Account of plague administration in the Bombay Presidency from September 1896 till May 1897
Year: 1896
Disease focus: Plague
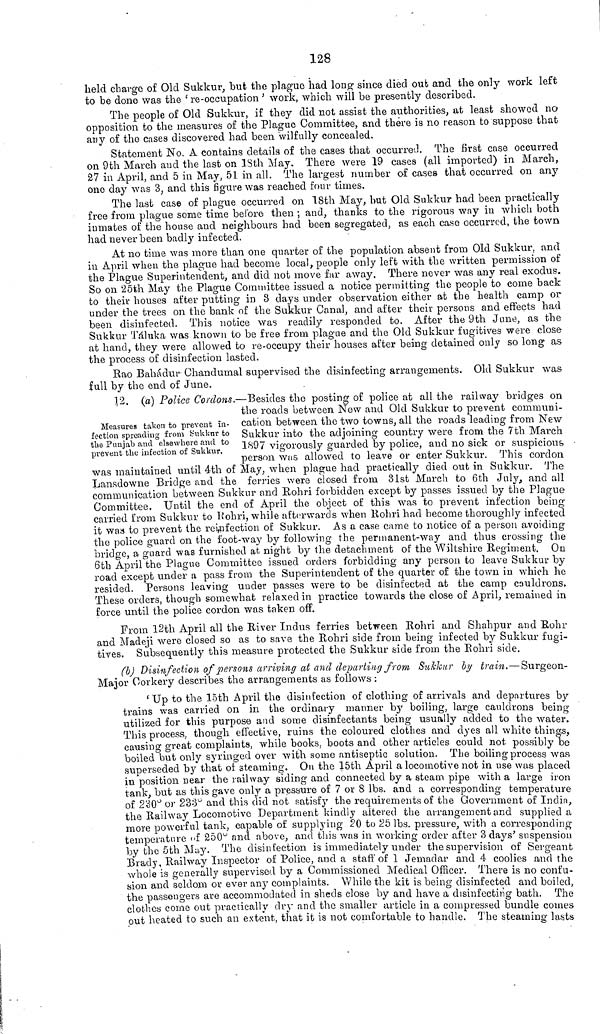
128
held charge of Old Sukkur, but the plague had long since died out and the only work left
to be done was the ' re-occupation' work, which will be presently described.
The people of Old Sukkur, if they did not assist the authorities, at least showed no
opposition to the measures of the Plague Committee, and there is no reason to suppose that
any of the cases discovered had been wilfully concealed.
Statement No. A contains details of the cases that occurred. The first case occurred
on 9th March and the last on 13th May. There were 19 cases (all imported) in March,
27 in April, and 5 in May, 51 in all. The largest number of cases that occurred on any
one day was 3, and this figure was reached four times.
The last case of plague occurred on 18th May, but Old Sukkur had been practically
free from plague some time before then ; and, thanks to the rigorous way in which both
inmates of the house and neighbours had been segregated, as each case occurred, the town
had never been badly infected.
At no time was more than one quarter of the population absent from Old Sukkur, and
in April when the plague had become local, people only left with the written permission of
the Plague Superintendent, and did not move far away. There never was any real exodus.
So on 25th May the Plague Committee issued a notice permitting the people to come back
to their houses after putting in 3 days under observation either at the health camp or
under the trees on the bank of the Sukkur Canal, and after their persons and effects had
been disinfected. This notice was readily responded to. After the 9th June, as the
Sukkur Táluka was known to be free from plague and the Old Sukkur fugitives were close
at hand, they were allowed to re-occupy their houses after being detained only so long as
the process of disinfection lasted.
Rao Bahadur Chandumal supervised the disinfecting arrangements. Old Sukkur was
full by the end of June.
Measures taken to prevent in-
fection spreading from Sukkur to
the Punjab and elsewhere and to
prevent the infection of Sukkur.
12, (a) Police Cordons.—Besides the posting of police at all the railway bridges on
the roads between New and Old Sukkur to prevent communi-
cation between the two towns, all the roads leading from New
Sukkur into the adjoining country were from the 7th March
1897 vigorously guarded by police, and no sick or suspicious &
person was allowed to leave or enter Sukkur. This cordon
was maintained until 4th of May, when plague had practically died out in Sukkur. The
Lansdowne Bridge and the ferries were closed from 31st March to 6th July, and all
communication between Sukkur and Rohri forbidden except by passes issued by the Plague-
Committee. Until the end of April the object of this was to prevent infection being
carried from Sukkur to Rohri, while afterwards when Rohri had become thoroughly infected
it was to prevent the reinfection of Sukkur. As a case came to notice of a person avoiding
the police guard on the foot-way by following the permanent-way and thus crossing the
bridge, a guard was furnished at, night by the detachment of the Wiltshire Regiment. On
6th April the Plague Committee issued orders forbidding any person to leave Sukkur by
road except under a pass from the Superintendent of the quarter of the town in which he
resided. Persons leaving under passes were to be disinfected at the camp cauldrons,
These orders, though somewhat relaxed in practice towards the close of April, remained in
force until the police cordon was taken off.
From 12th April all the River Indus ferries between Rohri and Shahpur and Rohr
and Madeji were closed so as to save the Rohri side from being infected by Sukkur fugi-
tives. Subsequently this measure protected the Sukkur side from the Rohri side.
(b) Disinfection of persons arriving at and departing from Sukkur by train.—Surgeon-
Major Corkery describes the arrangements as follows :
' Up to the 15th April the disinfection of clothing of arrivals and departures by
trains was carried on in the ordinary manner by boiling, large cauldrons being
utilized for this purpose and some disinfectants being usually added to the water!
This process, though effective, ruins the coloured clothes and dyes all white things,
causing great complaints, while books, boots and other articles could not possibly be
boiled but only syringed over with some antiseptic solution. The boiling process was
superseded by that of steaming. On the 15th April a locomotive not in use was placed
in position near the railway siding and connected by a steam pipe with a large iron
tank, but as this gave only a pressure of 7 or 8 lbs. and a corresponding temperature
of 230° or 233° and this did not satisfy the requirements of the Government of India,
the Railway Locomotive Department kindly altered the arrangement and supplied a
more powerful tank, capable of supplying 20 to 25 lbs. pressure, with a corresponding
temperature of 250° and above, and this was in working order after 3 days' suspension
by the 5th May. The disinfection is immediately under the supervision of Sergeant
Brady, Railway Inspector of Police, and a staff' of 1 Jemadar and 4 coolies and the
whole is generally supervised by a Commissioned Medical Officer. There is no confu-
sion and seldom or ever any complaints. While the kit is being disinfected and boiled,
the passengers are accommodated in sheds close by and have a disinfecting bath. Thé
clothes corne out practically dry and the smaller article in a compressed bundle comes
put heated to such an extent, that it is not comfortable to handle. The steaming lasts